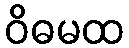
ဝိဓမထ